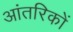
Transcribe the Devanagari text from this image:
आंतरिकों